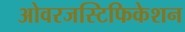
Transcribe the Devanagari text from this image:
ओवरजस्टिफिकेशन